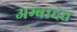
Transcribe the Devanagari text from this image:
अम्बादत्त